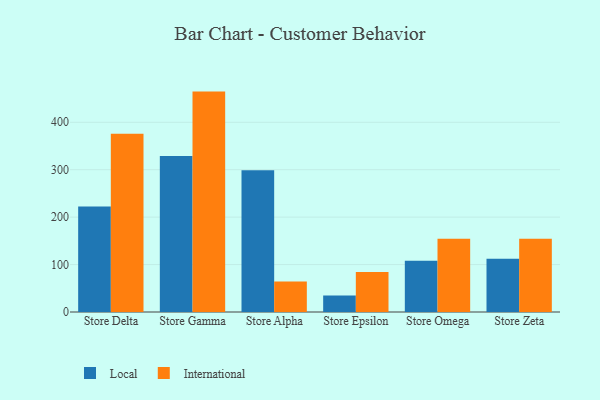
{"axis": {"x": "Store", "y": "Churn Rate (%)"}, "legend": ["International", "Local"], "data": [{"x": "Store Delta", "y": 222.2, "type": "Local"}, {"x": "Store Delta", "y": 376.0, "type": "International"}, {"x": "Store Gamma", "y": 329.1, "type": "Local"}, {"x": "Store Gamma", "y": 464.7, "type": "International"}, {"x": "Store Alpha", "y": 299.1, "type": "Local"}, {"x": "Store Alpha", "y": 64.1, "type": "International"}, {"x": "Store Epsilon", "y": 35.0, "type": "Local"}, {"x": "Store Epsilon", "y": 84.2, "type": "International"}, {"x": "Store Omega", "y": 108.3, "type": "Local"}, {"x": "Store Omega", "y": 154.3, "type": "International"}, {"x": "Store Zeta", "y": 112.5, "type": "Local"}, {"x": "Store Zeta", "y": 154.3, "type": "International"}]}